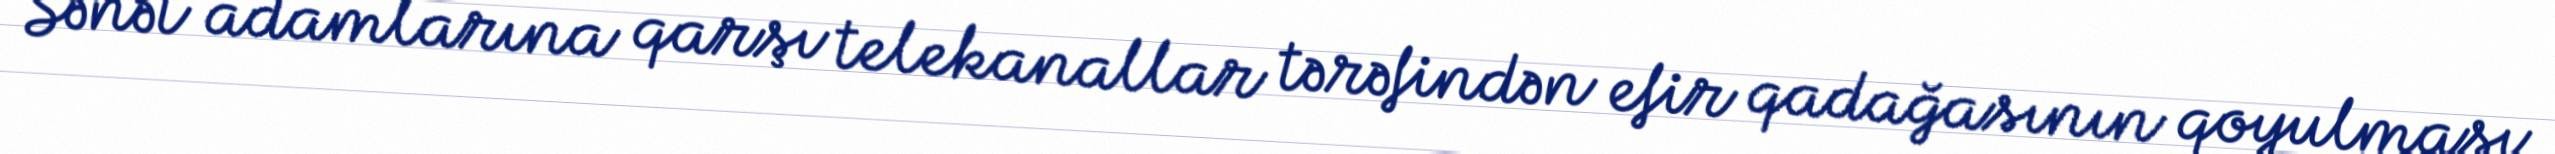
Sənət adamlarına qarşı telekanallar tərəfindən efir qadağasının qoyulması